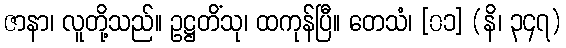
ဇာနာ၊ လူတို့သည်။ ဥဋ္ဌတိံသု၊ ထကုန်ပြီ။ တေသံ၊ [၀၁] (နိ၊ ၃၄၇)